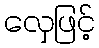
လှေဖြင့်